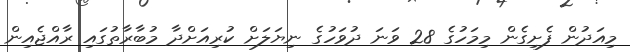
މިއަދުން ފެށިގެން މިމަހުގެ 28 ވަނަ ދުވަހުގެ ނިޔަލަށް ކުރިއަށްދާ މުބާރާތުގައި ރާއްޖެއިން